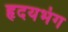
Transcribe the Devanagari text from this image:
हृदयभंग